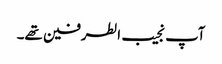
آپ نجیب الطرفین تھے۔